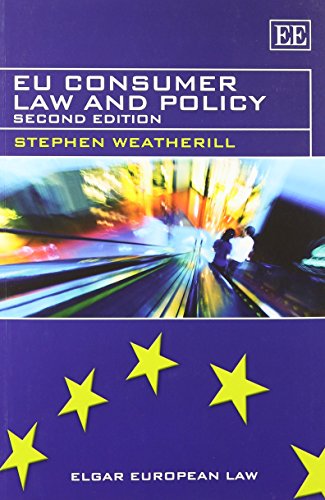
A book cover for EU Consumer Law and Policy: Second Edition (Elgar European Law series); Stephen Weatherill; Law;